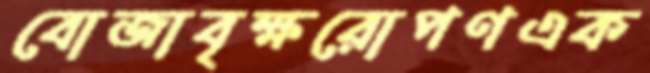
বোজাবৃক্ষরোপণএক